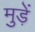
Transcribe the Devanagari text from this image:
मुड़ें